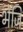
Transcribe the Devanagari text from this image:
भेजि